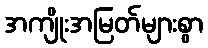
အကျိုးအမြတ်များစွာ